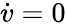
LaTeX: \dot{v}=0